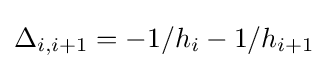
\Delta _{i,i+1}=-1/h_{i}-1/h_{i+1}